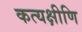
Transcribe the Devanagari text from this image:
कत्यक्षीणि